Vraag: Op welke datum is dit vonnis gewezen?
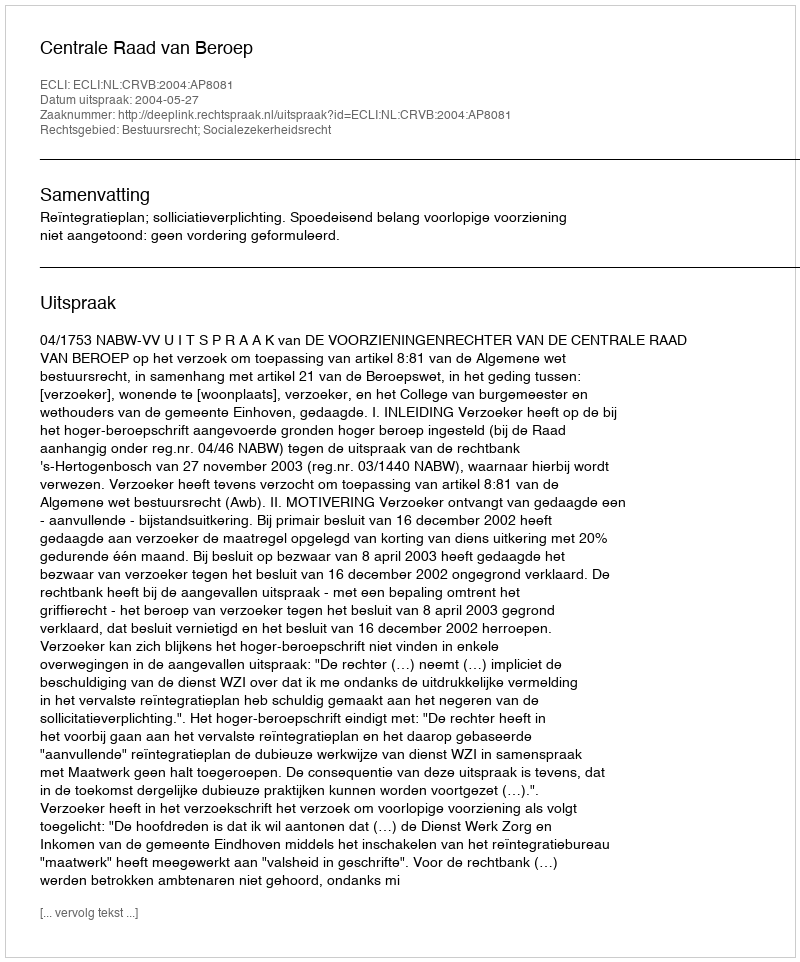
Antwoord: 2004-05-27